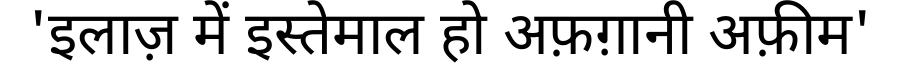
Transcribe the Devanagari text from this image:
'इलाज़ में इस्तेमाल हो अफ़ग़ानी अफ़ीम'